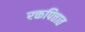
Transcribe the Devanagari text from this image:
रक्तपित्तात